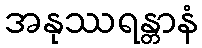
အနုဿရန္တာနံ